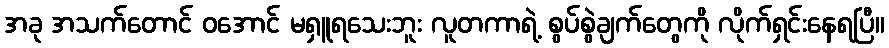
အခု အသက်တောင် ဝအောင် မရှူရသေးဘူး လူတကာရဲ့ စွပ်စွဲချက်တွေကို လိုက်ရှင်းနေရပြီ။